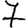
Digit: 7